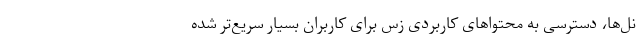
نل‌ها، دسترسی به محتواهای کاربردی زس برای کاربران بسیار سریع‌تر شده